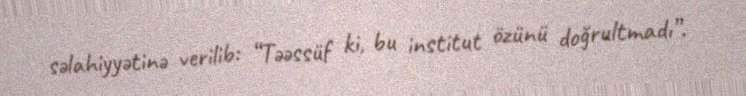
səlahiyyətinə verilib: “Təəssüf ki, bu institut özünü doğrultmadı”.